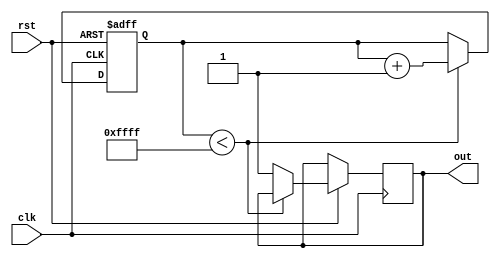
module RC_Delay (
    input wire clk,
    input wire rst,
    
    output reg out
);

reg [15:0] delay_count;

always @(posedge clk or negedge rst) begin
    if (~rst) begin
        delay_count <= 16'h0;
    end else begin
        if (delay_count < 16'hFFFF) begin
            delay_count <= delay_count + 1;
        end else begin
            out <= input_signal;
        end
    end
end

endmodule